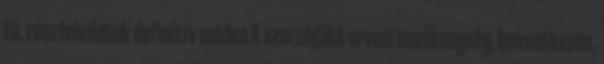
Eü. részfeladatok definitív módon A szerződött orvosi tevékenység, beavatkozás,